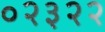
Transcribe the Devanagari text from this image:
०२३२२